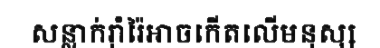
សន្លាក់រ៉ាំរ៉ៃអាចកើតលើមនុស្ស